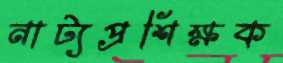
নাট্যপ্রশিক্ষক